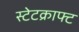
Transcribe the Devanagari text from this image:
स्टेटक्राफ्ट